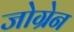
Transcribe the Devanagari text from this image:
जोग्रेन